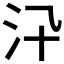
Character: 𣲌